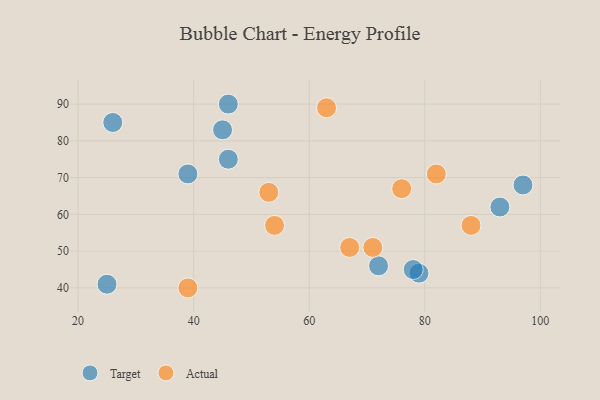
{"axis": {"x": "GDP", "y": "Life Expectancy"}, "legend": ["Actual", "Target"], "data": [{"x": "46", "y": 75, "type": "Target"}, {"x": "97", "y": 68, "type": "Target"}, {"x": "39", "y": 71, "type": "Target"}, {"x": "72", "y": 46, "type": "Target"}, {"x": "26", "y": 85, "type": "Target"}, {"x": "25", "y": 41, "type": "Target"}, {"x": "93", "y": 62, "type": "Target"}, {"x": "46", "y": 90, "type": "Target"}, {"x": "79", "y": 44, "type": "Target"}, {"x": "45", "y": 83, "type": "Target"}, {"x": "78", "y": 45, "type": "Target"}, {"x": "88", "y": 57, "type": "Actual"}, {"x": "67", "y": 51, "type": "Actual"}, {"x": "54", "y": 57, "type": "Actual"}, {"x": "76", "y": 67, "type": "Actual"}, {"x": "82", "y": 71, "type": "Actual"}, {"x": "53", "y": 66, "type": "Actual"}, {"x": "63", "y": 89, "type": "Actual"}, {"x": "39", "y": 40, "type": "Actual"}, {"x": "71", "y": 51, "type": "Actual"}]}